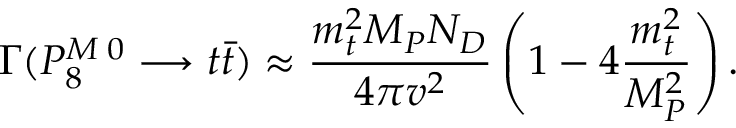
\Gamma ( P _ { 8 } ^ { M \; 0 } \longrightarrow t \bar { t } ) \approx \frac { m _ { t } ^ { 2 } M _ { P } N _ { D } } { 4 \pi v ^ { 2 } } \left( 1 - 4 \frac { m _ { t } ^ { 2 } } { M _ { P } ^ { 2 } } \right) .